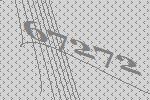
67272